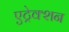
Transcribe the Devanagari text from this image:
एट्रेक्शन